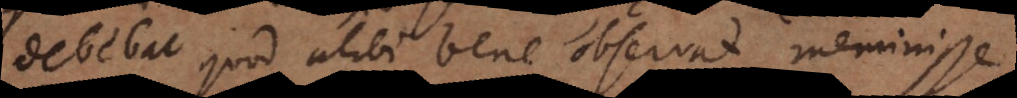
debebat quod alibi bene observat meminisse